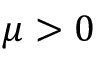
\mu > 0